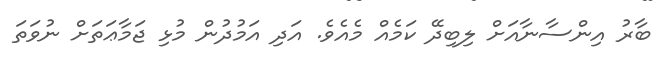
ބާރު އިންސާނާއަށް ލިބިދޭ ކަމެއް މެއެވެ. އަދި އަމުދުން މުޅި ޖަމާޢަތަށް ނުވަތަ